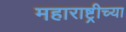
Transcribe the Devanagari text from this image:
महाराष्ट्रीच्या